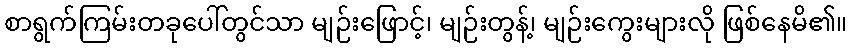
စာရွက်ကြမ်းတခုပေါ်တွင်သာ မျဉ်းဖြောင့်၊ မျဉ်းတွန့်၊ မျဉ်းကွေးများလို ဖြစ်နေမိ၏။